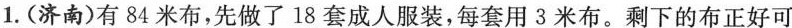
1.(济南)有84米布，先做了18套成人服装，每套用3米布。剩下的布正好可